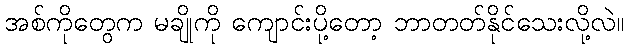
အစ်ကိုတွေက မချိုကို ကျောင်းပို့တော့ ဘာတတ်နိုင်သေးလို့လဲ။